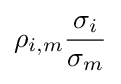
\rho _{i,m}{\frac {\sigma _{i}}{\sigma _{m}}}